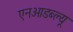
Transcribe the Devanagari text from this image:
एनओडब्ल्यू